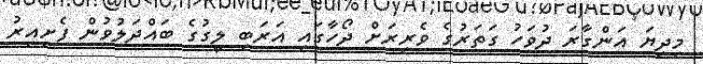
މިދިޔަ އަންގާރަ ދުވަހު ގަތަރުގެ ވެރިރަށް ދޯހާގައި އަރަބި ލީގުގެ ބައްދަލުވުން ފެށިއިރު